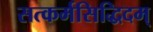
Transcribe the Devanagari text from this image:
सत्कर्मसिद्धिदम्